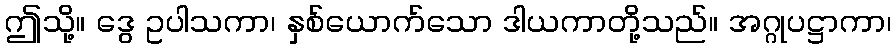
ဤသို့။ ဒွေ ဥပါသကာ၊ နှစ်ယောက်သော ဒါယကာတို့သည်။ အဂ္ဂုပဋ္ဌာကာ၊